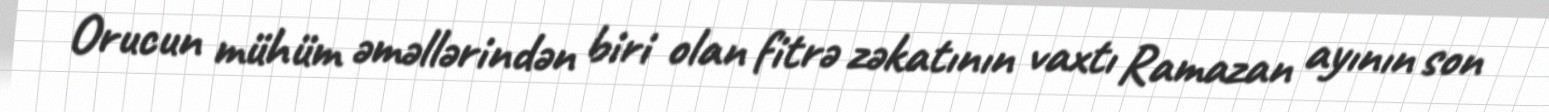
Orucun mühüm əməllərindən biri olan fitrə zəkatının vaxtı Ramazan ayının son